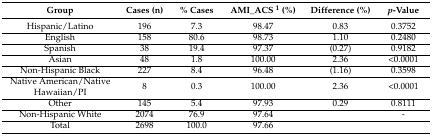
<table><thead><tr><td><b>Group</b></td><td><b>Cases (n)</b></td><td><b>% Cases</b></td><td><b>AMI_ACS <sup>1</sup> (%)</b></td><td><b>Difference (%)</b></td><td><b><i>p</i>-Value</b></td></tr></thead><tbody><tr><td>Hispanic/Latino</td><td>196</td><td>7.3</td><td>98.47</td><td>0.83</td><td>0.3752</td></tr><tr><td>English</td><td>158</td><td>80.6</td><td>98.73</td><td>1.10</td><td>0.2480</td></tr><tr><td>Spanish</td><td>38</td><td>19.4</td><td>97.37</td><td>(0.27)</td><td>0.9182</td></tr><tr><td>Asian</td><td>48</td><td>1.8</td><td>100.00</td><td>2.36</td><td>&lt;0.0001</td></tr><tr><td>Non-Hispanic Black</td><td>227</td><td>8.4</td><td>96.48</td><td>(1.16)</td><td>0.3598</td></tr><tr><td>Native American/Native Hawaiian/PI</td><td>8</td><td>0.3</td><td>100.00</td><td>2.36</td><td>&lt;0.0001</td></tr><tr><td>Other</td><td>145</td><td>5.4</td><td>97.93</td><td>0.29</td><td>0.8111</td></tr><tr><td>Non-Hispanic White</td><td>2074</td><td>76.9</td><td>97.64</td><td></td><td>-</td></tr><tr><td>Total</td><td>2698</td><td>100.0</td><td>97.66</td><td></td><td></td></tr></tbody></table>